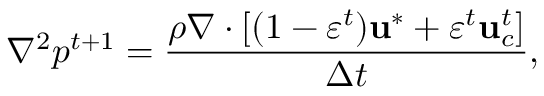
\nabla ^ { 2 } p ^ { t + 1 } = \frac { \rho \nabla \cdot \left[ ( 1 - \varepsilon ^ { t } ) \mathbf { u } ^ { * } + \varepsilon ^ { t } \mathbf { u } _ { c } ^ { t } \right] } { \Delta t } ,